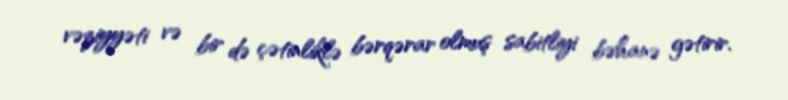
vəziyyəti və bir də çətinliklə bərqərar olmuş sabitliyi bəhanə gətirir.